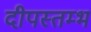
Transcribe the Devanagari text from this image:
दीपस्तम्भ